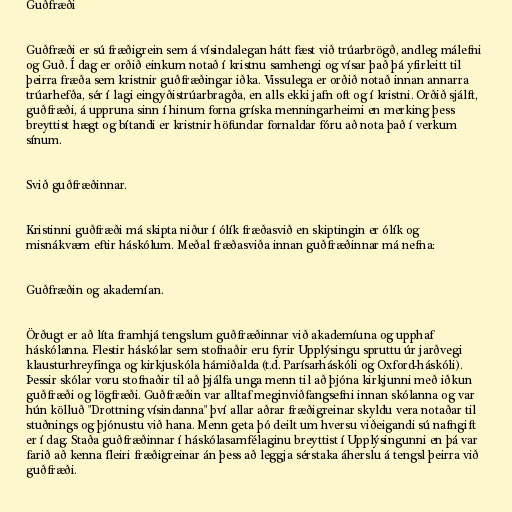
Guðfræði

Guðfræði er sú fræðigrein sem á vísindalegan hátt fæst við trúarbrögð, andleg málefni
og Guð. Í dag er orðið einkum notað í kristnu samhengi og vísar það þá yfirleitt til
þeirra fræða sem kristnir guðfræðingar iðka. Vissulega er orðið notað innan annarra
trúarhefða, sér í lagi eingyðistrúarbragða, en alls ekki jafn oft og í kristni. Orðið sjálft,
guðfræði, á uppruna sinn í hinum forna gríska menningarheimi en merking þess
breyttist hægt og bítandi er kristnir höfundar fornaldar fóru að nota það í verkum
sínum.

Svið guðfræðinnar.

Kristinni guðfræði má skipta niður í ólík fræðasvið en skiptingin er ólík og
misnákvæm eftir háskólum. Meðal fræðasviða innan guðfræðinnar má nefna:

Guðfræðin og akademían.

Örðugt er að líta framhjá tengslum guðfræðinnar við akademíuna og upphaf
háskólanna. Flestir háskólar sem stofnaðir eru fyrir Upplýsingu spruttu úr jarðvegi
klausturhreyfinga og kirkjuskóla hámiðalda (t.d. Parísarháskóli og Oxford-háskóli).
Þessir skólar voru stofnaðir til að þjálfa unga menn til að þjóna kirkjunni með iðkun
guðfræði og lögfræði. Guðfræðin var alltaf meginviðfangsefni innan skólanna og var
hún kölluð "Drottning vísindanna" því allar aðrar fræðigreinar skyldu vera notaðar til
stuðnings og þjónustu við hana. Menn geta þó deilt um hversu viðeigandi sú nafngift
er í dag. Staða guðfræðinnar í háskólasamfélaginu breyttist í Upplýsingunni en þá var
farið að kenna fleiri fræðigreinar án þess að leggja sérstaka áherslu á tengsl þeirra við
guðfræði.